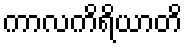
ကာလကိရိယာတိ